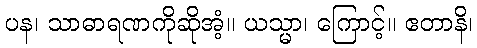
ပန၊ သာဓာရဏကိုဆိုအံ့။ ယသ္မာ၊ ကြောင့်။ ဧတာနိ၊